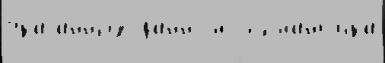
ука́занных да́нном  с'ема́нт'ика